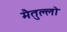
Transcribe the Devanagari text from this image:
मैतुल्लो